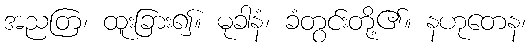
အညတြ၊ ထူးခြား၍။ မုခါနံ၊ ခံတွင်းတို့၏။ နဟုတေန၊